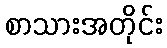
စာသားအတိုင်း